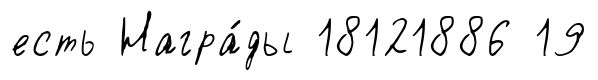
есть Награ́ды 18121886 19